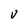
Character: V